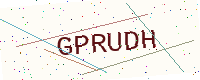
Text: GPRUDH